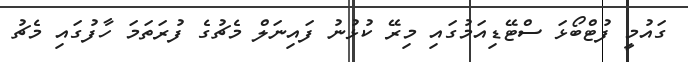
ގައުމީ ފުޓްބޯޅަ ސްޓޭޑިއަމުގައި މިރޭ ކުޅުނު ފައިނަލް މެޗުގެ ފުރަތަމަ ހާފުގައި މެޗު